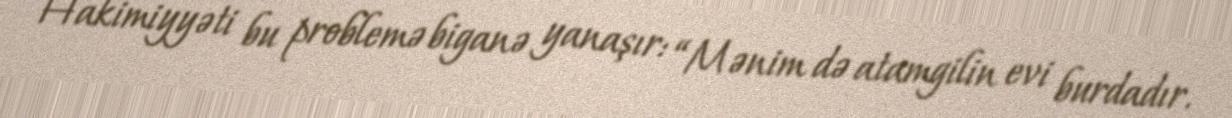
Hakimiyyəti bu problemə biganə yanaşır: “Mənim də atamgilin evi burdadır.